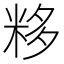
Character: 𥹠